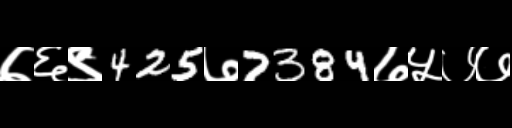
Text: ७६९425७7384७५७७